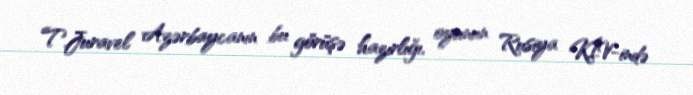
T.Juravel Azərbaycanın bu görüşə hazırlığı, oyunun Rusiya KİV-ində